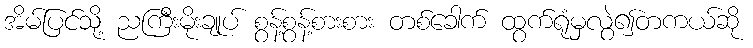
အိမ်ပြင်သို့ ညကြီးမိုးချုပ် စွန့်စွန့်စားစား တစ်ခေါက် ထွက်ရုံမှလွဲ၍တကယ်ဆို